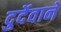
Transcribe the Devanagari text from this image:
दुर्देवाने